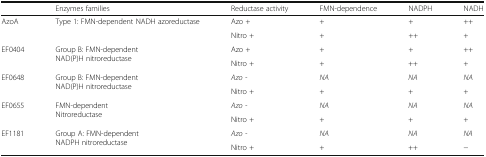
<table><thead><tr><td></td><td><b>Enzymes families</b></td><td><b>Reductase activity</b></td><td><b>FMN-dependence</b></td><td><b>NADPH</b></td><td><b>NADH</b></td></tr></thead><tbody><tr><td rowspan="2">AzoA</td><td rowspan="2">Type 1: FMN-dependent NADH azoreductase</td><td>Azo +</td><td>+</td><td>+</td><td>++</td></tr><tr><td>Nitro +</td><td>+</td><td>++</td><td>+</td></tr><tr><td rowspan="2">EF0404</td><td rowspan="2">Group B: FMN-dependentNAD(P)H nitroreductase</td><td>Azo +</td><td>+</td><td>+</td><td>++</td></tr><tr><td>Nitro +</td><td>+</td><td>++</td><td>+</td></tr><tr><td rowspan="2">EF0648</td><td rowspan="2">Group B: FMN-dependentNAD(P)H nitroreductase</td><td><i>Azo -</i></td><td><i>NA</i></td><td><i>NA</i></td><td><i>NA</i></td></tr><tr><td>Nitro +</td><td>+</td><td>+</td><td>+</td></tr><tr><td rowspan="2">EF0655</td><td rowspan="2">FMN-dependentNitroreductase</td><td><i>Azo -</i></td><td><i>NA</i></td><td><i>NA</i></td><td><i>NA</i></td></tr><tr><td>Nitro +</td><td>+</td><td>+</td><td>+</td></tr><tr><td rowspan="2">EF1181</td><td rowspan="2">Group A: FMN-dependentNADPH nitroreductase</td><td><i>Azo -</i></td><td><i>NA</i></td><td><i>NA</i></td><td><i>NA</i></td></tr><tr><td>Nitro +</td><td>+</td><td>++</td><td>−</td></tr></tbody></table>